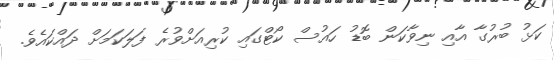
ކަޅު ބުރުގާ އާއި ނިވާކަން ބޮޑު ހައުސް ކޯޓްގައި ކުރިއަށްވުރެ ފަލަކަމަށް ދައްކައެވެ.